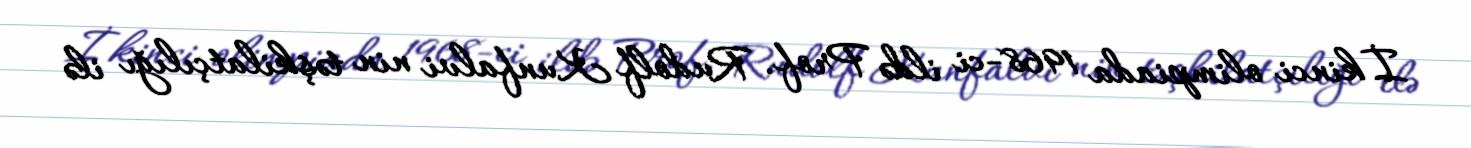
İkinci olimpiada 1968-ci ildə Prof. Rudolf Kunfalvi nin təşkilatçılığı ilə